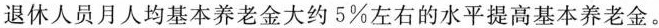
退休人员月人均基本养老金大约5\%左右的水平提高基本养老金。